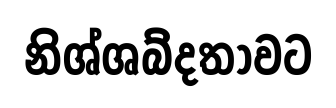
නිශ්ශබ්දතාවට